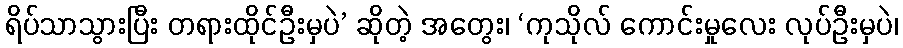
ရိပ်သာသွားပြီး တရားထိုင်ဦးမှပဲ’ ဆိုတဲ့ အတွေး၊ ‘ကုသိုလ် ကောင်းမှုလေး လုပ်ဦးမှပဲ၊